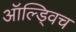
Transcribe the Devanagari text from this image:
ऑल्ड्विच